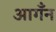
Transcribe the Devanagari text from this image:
आगँन